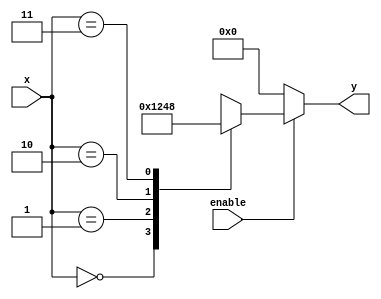
module decoder_2_to_4_active_high (
    input [1:0] x,  // 2-bit input
    input enable,  // enable signal
    output reg [3:0] y  // 4-bit output
);

always @(*) begin
    if (!enable) 
        y = 4'b0000;  // All outputs are low when enable is not active
    else 
        case (x)
            2'b00: y = 4'b0001;
            2'b01: y = 4'b0010;
            2'b10: y = 4'b0100;
            2'b11: y = 4'b1000;
            default: y = 4'b0000;
        endcase
end

endmodule